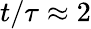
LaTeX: t/\tau\approx 2